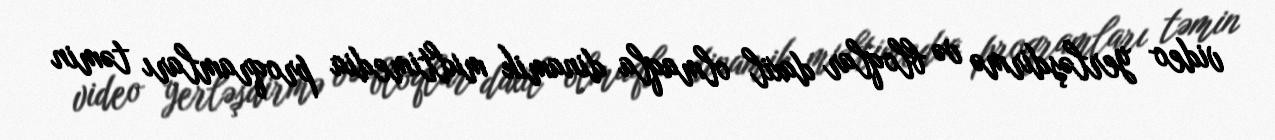
video yerləşdirmə və bloqlar daxil olmaqla dinamik multimedia proqramları təmin